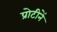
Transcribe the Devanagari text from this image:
प्रोटीनें